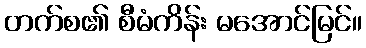
တက်စ၏ စီမံကိန်း မအောင်မြင်။